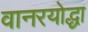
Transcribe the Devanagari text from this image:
वानरयोद्धा